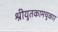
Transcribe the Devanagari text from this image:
श्रीयुतकामचुकार